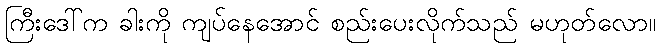
ကြီးဒေါ်က ခါးကို ကျပ်နေအောင် စည်းပေးလိုက်သည် မဟုတ်လော။